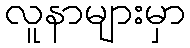
လူနာများမှာ